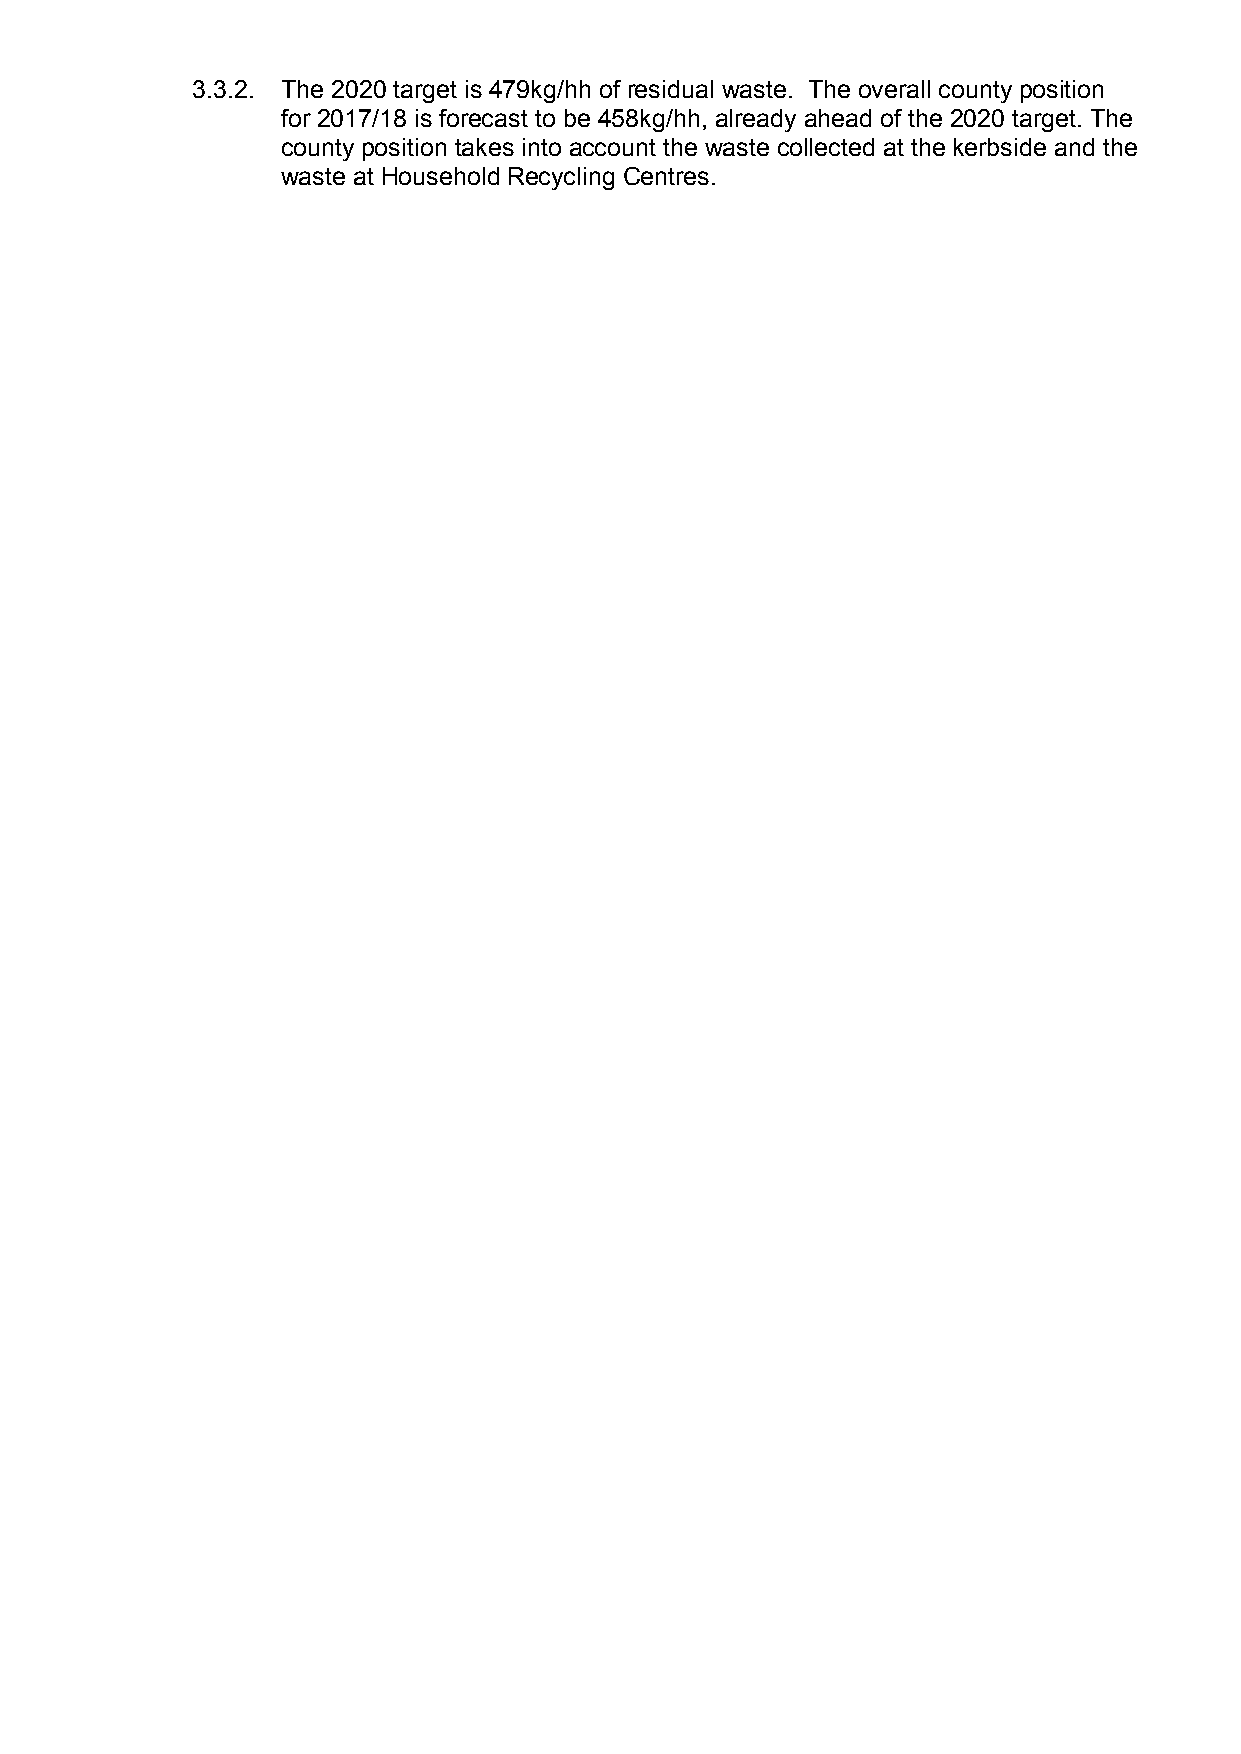
3.3.2. The 2020 target is 479kg/hh of residual waste. The overall county position
 for 2017/18 is forecast to be 458kg/hh, already ahead of the 2020 target. The
 county position takes into account the waste collected at the kerbside and the
 waste at Household Recycling Centres.